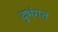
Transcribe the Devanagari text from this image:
दुभंगत